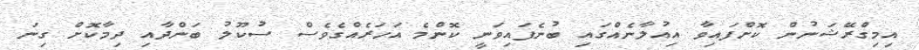
އިމިގްރޭޝަނުން ކޮށްފައިވާ އިއުލާނެއްގައި ބުނެފައިވަނީ ކޮންމެ އަހަރެއްގެވެސް ސުކޫލު ބަންދާއި ދިމާކޮށް ގިނަ